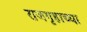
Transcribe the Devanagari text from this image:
राजगृहाच्या